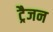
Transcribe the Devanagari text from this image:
ट्रैजन